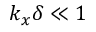
k _ { x } \delta \ll 1